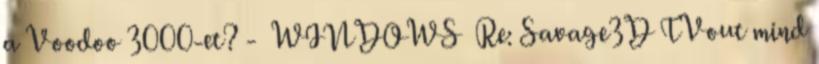
a Voodoo 3000-et? - WINDOWS Re: Savage3D TVout mind